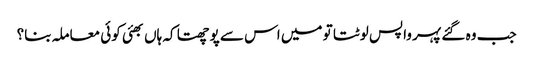
جب وہ گئے پہر واپس لوٹتا تو میں اس سے پوچھتا کہ ہاں بھئی کوئی معاملہ بنا؟